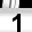
Digit: 1